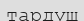
тардуш